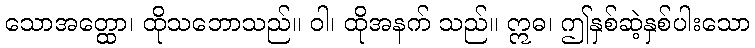
သောအတ္ထော၊ ထိုသဘောသည်။ ဝါ၊ ထိုအနက် သည်။ ဣဓ၊ ဤနှစ်ဆဲ့နှစ်ပါးသော